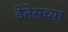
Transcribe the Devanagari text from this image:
डेनेसच्या